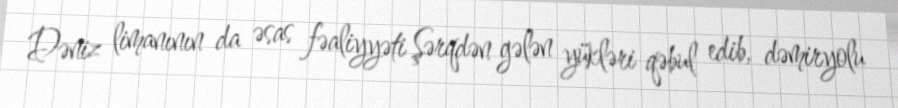
Dəniz limanının da əsas fəaliyyəti Şərqdən gələn yükləri qəbul edib, dəmiryolu